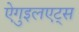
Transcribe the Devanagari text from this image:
ऐगुइलएट्स